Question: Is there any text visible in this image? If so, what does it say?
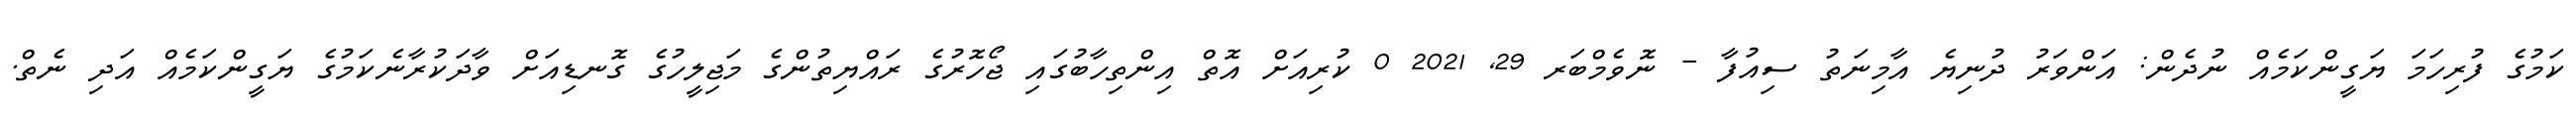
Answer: ކަމުގެ ފުރިހަމަ ޔަގީންކަމެއް ނުދެން: އަންވަރު ދުނިޔެ އާމިނަތު ސިއުފާ - ނޮވެމްބަރ 29, 2021 0 ކުރިއަށް އޮތް އިންތިހާބުގައި ޖޯހޮރުގެ ރައްޔިތުންގެ މަޖިލީހުގެ ގޮނޑިއަށް ވާދަކުރާނެކަމުގެ ޔަގީންކަމެއް އަދި ނެތް.